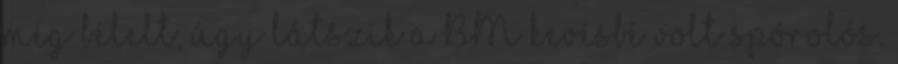
még bélelt, úgy látszik a BM kevésbé volt spórolós.